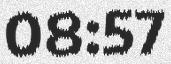
08:57